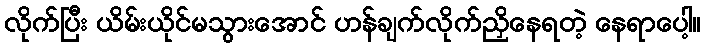
လိုက်ပြီး ယိမ်းယိုင်မသွားအောင် ဟန်ချက်လိုက်ညှိနေရတဲ့ နေရာပေါ့။